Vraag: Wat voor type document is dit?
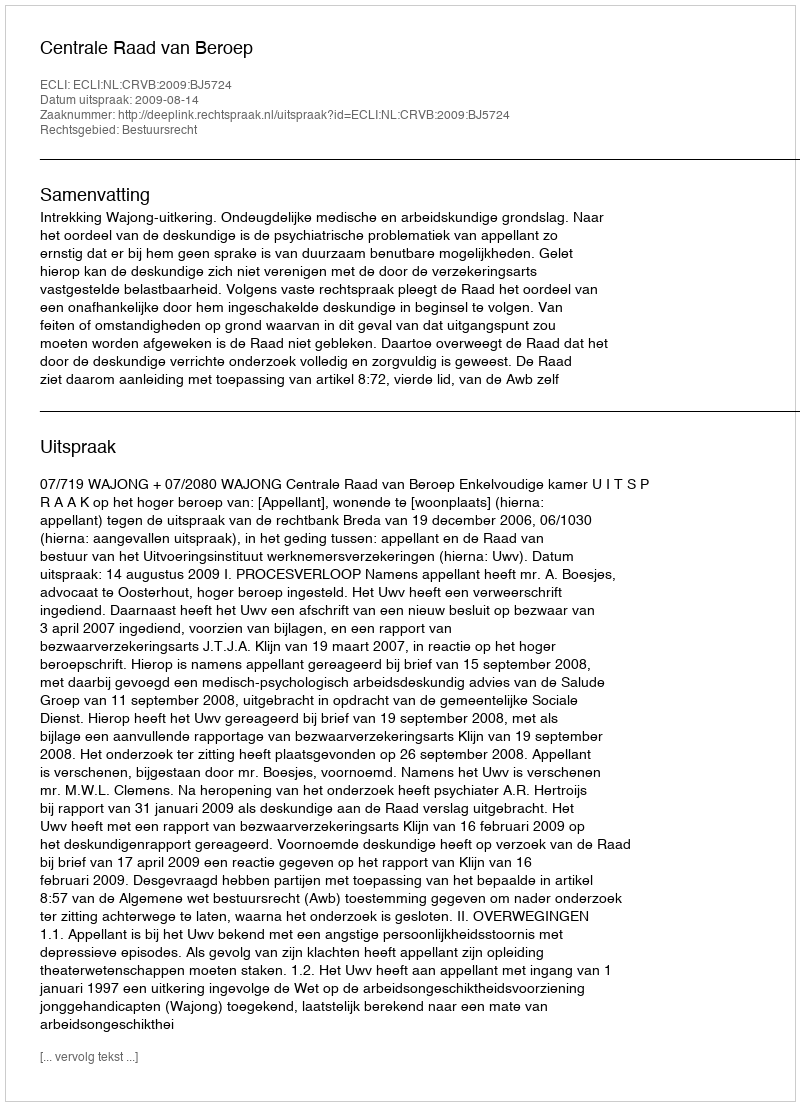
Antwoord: Uitspraak